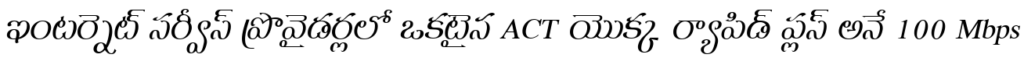
ఇంటర్నెట్ సర్వీస్ ప్రొవైడర్లలో ఒకటైన ACT యొక్క ర్యాపిడ్ ప్లస్ అనే 100 Mbps